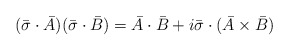
\begin{align*}(\bar{\sigma}\cdot\bar{A})(\bar{\sigma}\cdot\bar{B})=\bar{A}\cdot\bar{B}+i\bar{\sigma}\cdot(\bar{A}\times\bar{B})\end{align*}